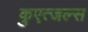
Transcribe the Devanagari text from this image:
कुएत्जल्स